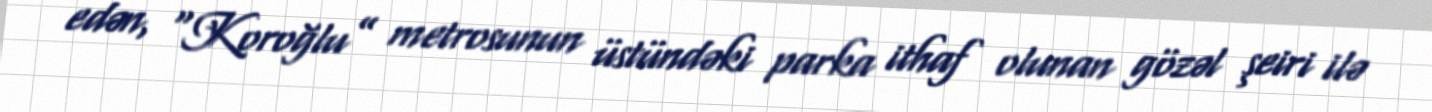
edən, “Koroğlu” metrosunun üstündəki parka ithaf olunan gözəl şeiri ilə